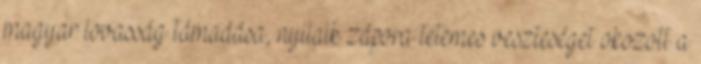
magyar lovasság támadása, nyilaik zápora tetemes veszteséget okozott a